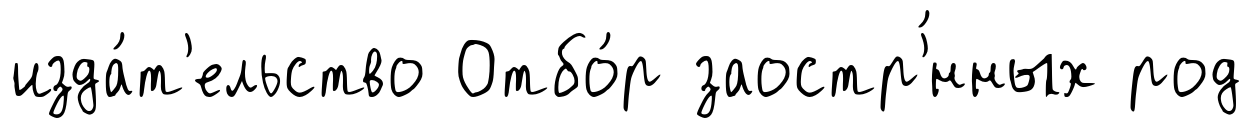
изда́т'ельство Отбо́р заостр'́нных род